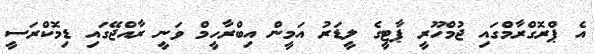
އެ ޕްރޮގްރާމްގައި ޖުމްހޫރީ ޕާޓީގެ ލީޑަރު އަމީން އިބްރާހީމް ވަނީ ރާއްޖޭގައި ޑިމޮކްރަސީ